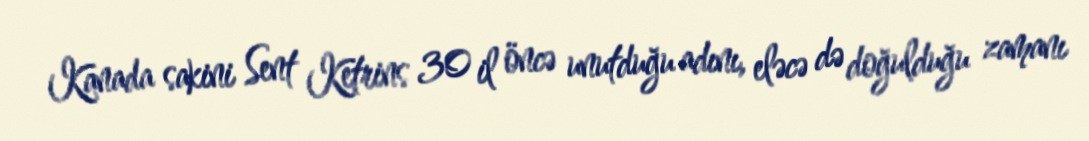
Kanada sakini Sent Ketrins 30 il öncə unutduğu adını, eləcə də doğulduğu zamanı